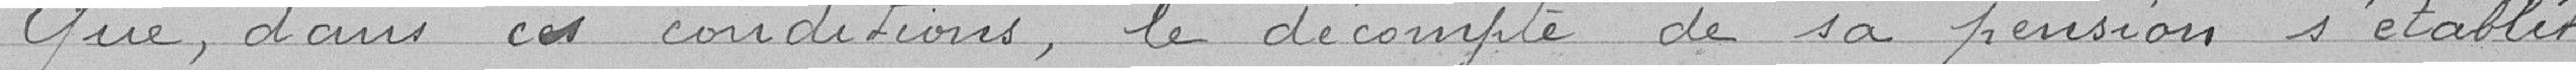
Que dans ces conditions, le décompte de sa pension s'établit